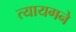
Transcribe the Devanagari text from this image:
त्यायगने